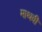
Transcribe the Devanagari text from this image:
माथवी